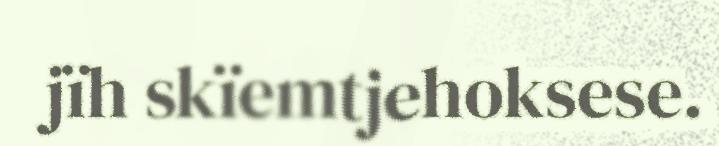
jïh skïemtjehoksese.